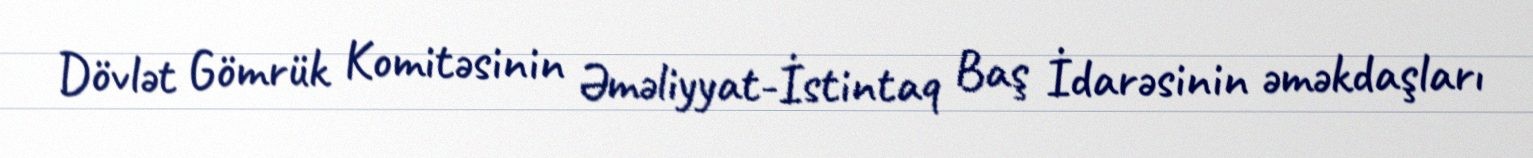
Dövlət Gömrük Komitəsinin Əməliyyat-İstintaq Baş İdarəsinin əməkdaşları